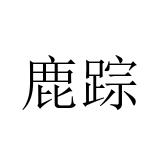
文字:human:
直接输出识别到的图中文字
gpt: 鹿踪